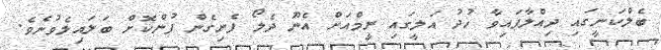
ބެލްކަނީގައި ދިއްލާފައިވާ ހުދު އަލީގައި ރީމްއަށް އެނޫ ދެލޯ ފެނިގެން ފުންކޮށް ބަލައިލެވުނެވެ.